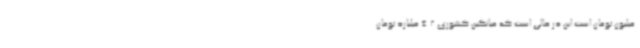
میلیون تومان است این در حالی است که میانگین کشوری 4.2 میلیارد تومان